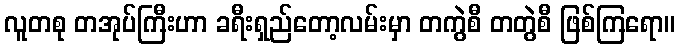
လူတစု တအုပ်ကြီးဟာ ခရီးရှည်တော့လမ်းမှာ တကွဲစီ တတွဲစီ ဖြစ်ကြရော။